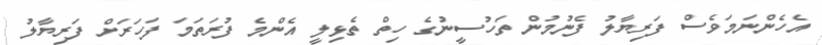
އެހެންނަމަވެސް ފަރިޔާލު ފެނުމުން ތަހުސީނުގެ ހިތް ތެޅިލީ އެންމެ ފުރަތަމަ ފަހަރަށް ފަރިޔާލު